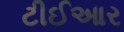
ટીઈઆર